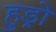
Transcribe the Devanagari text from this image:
हुड्रो